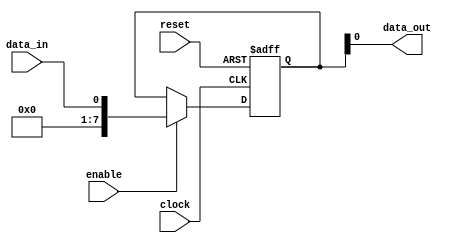
module timing_control_and_sync_blocks_isa(
    input wire clock,
    input wire reset,
    input wire enable,
    input wire data_in,
    output wire data_out
);

reg [7:0] buffer;

always @ (posedge clock or posedge reset) begin
    if (reset) begin
        buffer <= 8'b0;
    end else if (enable) begin
        buffer <= data_in;
    end
end

assign data_out = buffer;

endmodule